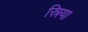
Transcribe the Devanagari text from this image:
स्रिया